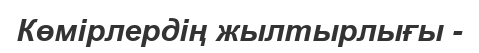
Көмірлердің жылтырлығы -